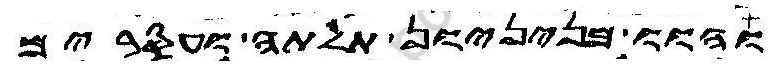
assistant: והוו מניניון תלתה ועסרים